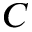
C